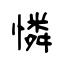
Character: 憐